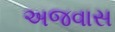
અજવાસ